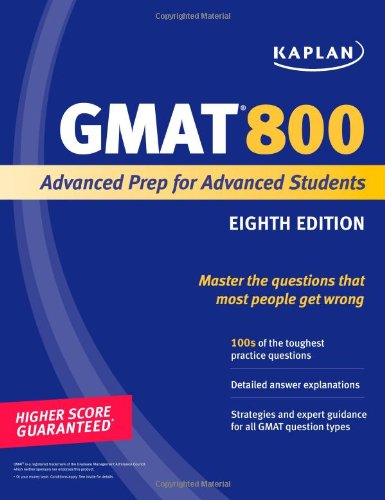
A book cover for Kaplan GMAT 800: Advanced Prep for Advanced Students (Perfect Score Series); Kaplan; Test Preparation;